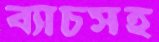
ব্যাচসহ